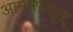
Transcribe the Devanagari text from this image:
आमारान्थूस्